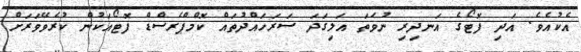
އެކުއެވެ. އަދި ފޮޓޯގެ އަނދިރި ނުވަތަ އަލިގަދަ ސަރަހައްދުތައް ކޮމްޕްރެސްޑް ފޮޓޯއަކުން ކުރެވޭވަރަށް